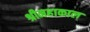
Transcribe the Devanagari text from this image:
श्रीमहाकाल